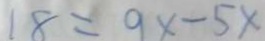
1 8 = 9 x - 5 x